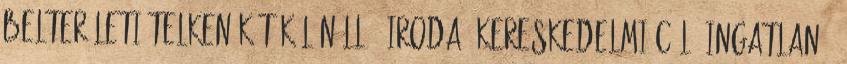
belterületi telken két különálló. Iroda, Kereskedelmi célú ingatlan -